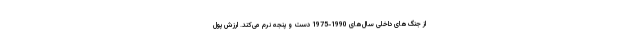
از جنگ‌های داخلی سال‌های 1990-1975 دست و پنجه نرم می‌کند. ارزش پول